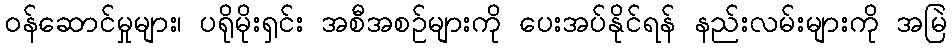
ဝန်ဆောင်မှုများ၊ ပရိုမိုးရှင်း အစီအစဉ်များကို ပေးအပ်နိုင်ရန် နည်းလမ်းများကို အမြဲ